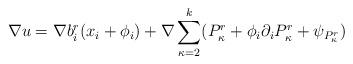
LaTeX: \begin{align*}\nabla u=\nabla b_i^r (x_i+\phi_i) + \nabla\sum_{\kappa=2}^k (P_\kappa^r+\phi_i \partial_iP_\kappa^r+\psi_{P_\kappa^r})\end{align*}